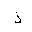
Letter: _thal